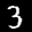
Label: 3